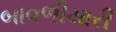
બાવળીયારી